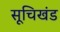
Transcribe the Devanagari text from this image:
सूचिखंड